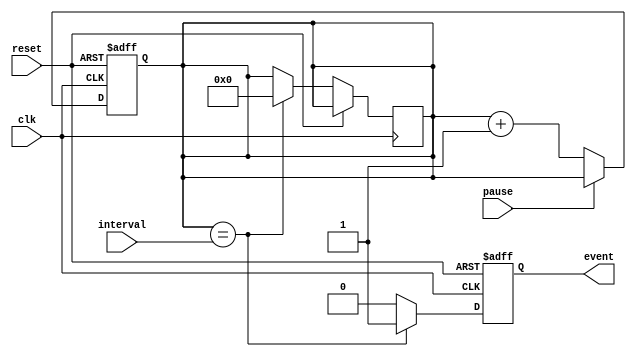
module EventTimer (
    input wire clk,
    input wire reset,
    input wire pause,
    input wire [31:0] interval,
    output reg event
);

reg [31:0] count;

always @ (posedge clk or posedge reset) begin
    if (reset) begin
        count <= 0;
    end else if (pause) begin
        count <= count;
    end else begin
        count <= count + 1;
    end
end

always @ (posedge clk or posedge reset) begin
    if (reset) begin
        event <= 0;
    end else if (count == interval) begin
        event <= 1;
        count <= 0;
    end else begin
        event <= 0;
    end
end

endmodule